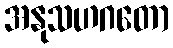
အနုသဟဂတော